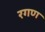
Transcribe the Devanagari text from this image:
रगण